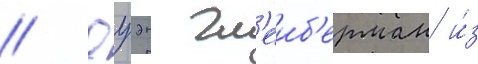
// Оуэн гл'еиб'ерман и́з